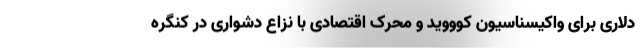
دلاری برای واکیسناسیون کوووید و محرک اقتصادی با نزاع دشواری در کنگره